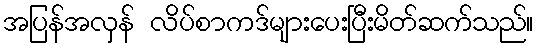
အပြန်အလှန် လိပ်စာကဒ်များပေးပြီးမိတ်ဆက်သည်။